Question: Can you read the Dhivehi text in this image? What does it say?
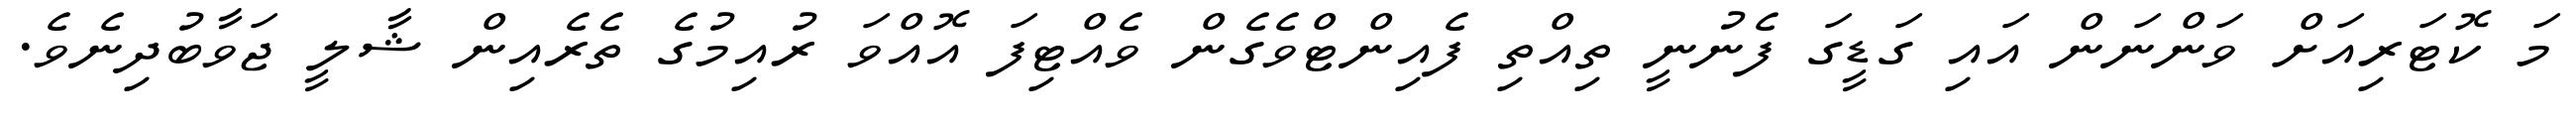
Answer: މަ ކޮޓަރިއަށް ވަންނަން އައި ގަޑީގަ ފެނުނީ ތިއްތި ފެއިންޓްވެގެން ވެއްޓިފަ އޮއްވަ ރުއިމުގެ ތެރެއިން ޝާލީ ޖަވާބުދިނެވެ.